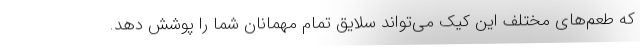
که طعم‌های مختلف این کیک می‌تواند سلایق تمام مهمانان شما را پوشش دهد.